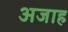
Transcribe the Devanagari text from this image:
अजाह